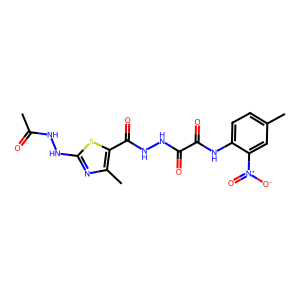
SMILES: CC(=O)NNc1nc(C)c(C(=O)NNC(=O)C(=O)Nc2ccc(C)cc2[N+](=O)[O-])s1
Inhibits HIV replication: No